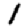
Digit: 1